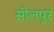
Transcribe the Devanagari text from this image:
सीलपुर